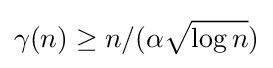
\gamma (n)\geq n/(\alpha {\sqrt {\log n}})